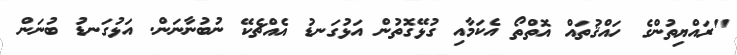
"ރައްޔިތުންގެ ހައްޤުތައް އޮތްތޯ އެކަމާއި ގުޅޭގޮތުން އަޅުގަނޑު އެއްޗެކޭ ނުބުނާނަން. އަޅުގަނޑު ބުނަން